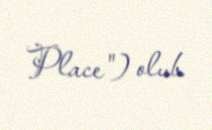
Place") olub.